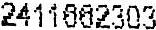
2411662303